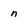
Character: n